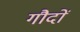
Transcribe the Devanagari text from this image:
गौदों